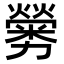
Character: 𠣁